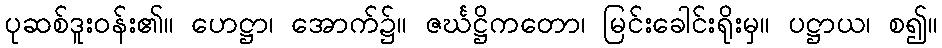
ပုဆစ်ဒူးဝန်း၏။ ဟေဋ္ဌာ၊ အောက်၌။ ဇင်္ဃဋ္ဌိကတော၊ မြင်းခေါင်းရိုးမှ။ ပဋ္ဌာယ၊ စ၍။